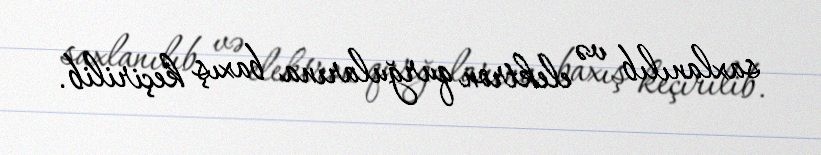
saxlanılıb və elektron qurğularına baxış keçirilib.